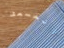
المسعف